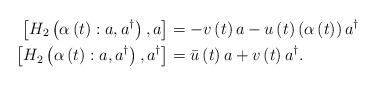
LaTeX: \begin{align*}\left[ H_{2}\left( \alpha\left( t\right) :a,a^{\dag}\right) ,a\right]& =-v\left( t\right) a-u\left( t\right) \left( \alpha\left( t\right)\right) a^{\dag}\\\left[ H_{2}\left( \alpha\left( t\right) :a,a^{\dag}\right) ,a^{\dag}\right] & =\bar{u}\left( t\right) a+v\left( t\right) a^{\dag}.\end{align*}